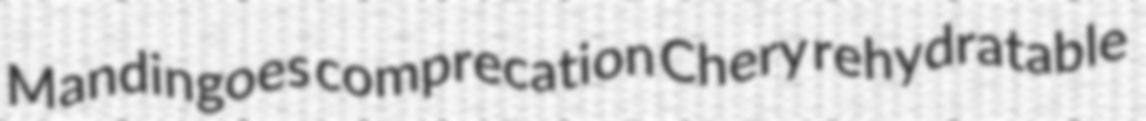
Mandingoes comprecation Chery rehydratable